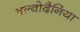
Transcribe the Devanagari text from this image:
वल्वोदैनिया